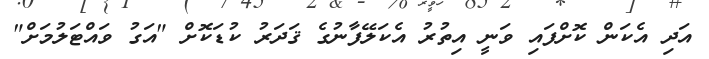
އަދި އެކަން ކޮށްފައި ވަނީ އިތުރު އެކަލޭފާނުގެ ޤަދަރު ކުޑަކޮށް "އަގު ވައްޓަލުމަށް"